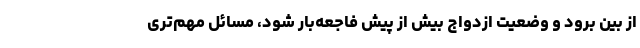
از بین برود و وضعیت ازدواج بیش از پیش فاجعه‌بار شود، مسائل مهم‌تری